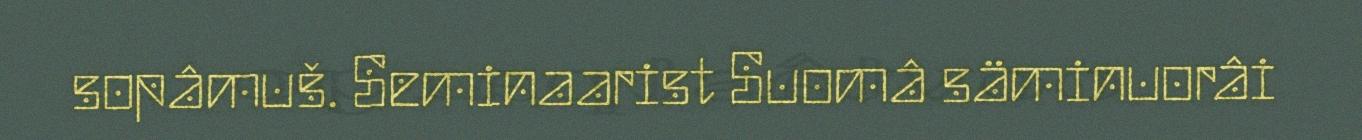
sopâmuš. Seminaarist Suomâ säminuorâi